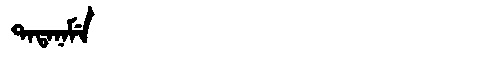
Manchu: ᡨᠠᡨᠠᠨᠠᠮᡝ
Romanization: TATANAME